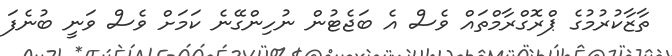
ތާޒާކުރުމުގެ ޕްރޮގްރާމްތައް ވެސް އެ ބަޖެޓުން ނުހިންގޭނެ ކަމަށް ވެސް ވަނީ ބުނެފަ